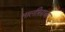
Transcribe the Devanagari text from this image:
तालीसाचा